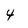
Character: 4